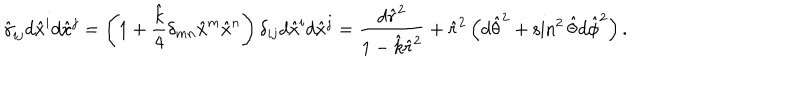
\hat { \gamma } _ { i j } d \hat { x } ^ { i } d \hat { x } ^ { j } = \left( 1 + { \frac { \hat { k } } { 4 } } \delta _ { m n } \hat { x } ^ { m } \hat { x } ^ { n } \right) \delta _ { i j } d \hat { x } ^ { i } d \hat { x } ^ { j } = { \frac { d \hat { r } ^ { 2 } } { 1 - \hat { k } \hat { r } ^ { 2 } } } + \hat { r } ^ { 2 } \left( d \hat { \theta } ^ { 2 } + \sin ^ { 2 } \hat { \theta } d \hat { \phi } ^ { 2 } \right) .